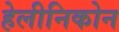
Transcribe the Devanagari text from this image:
हेलीनिकोन